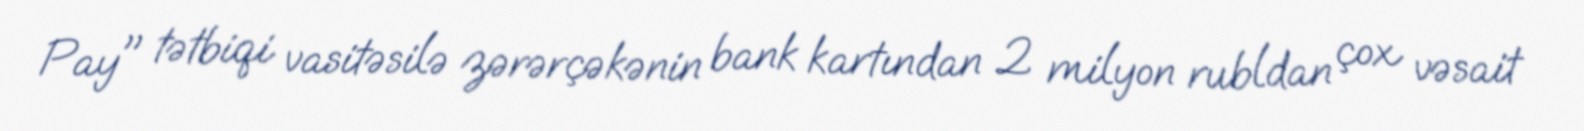
Pay" tətbiqi vasitəsilə zərərçəkənin bank kartından 2 milyon rubldan çox vəsait